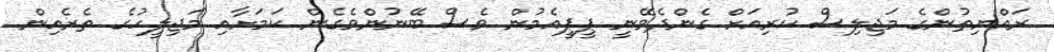
ރައްޔިތުންގެ މަޖިލިސް ކުރިއަށް ގެންދެވޭނީ ޕީޕީއެމުން ވެސް ބޭނުންވެގެން ކަމަށާއި މަޖިލީހުގެ ތެރެއިން